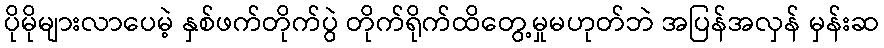
ပိုမိုများလာပေမဲ့ နှစ်ဖက်တိုက်ပွဲ တိုက်ရိုက်ထိတွေ့မှုမဟုတ်ဘဲ အပြန်အလှန် မှန်းဆ